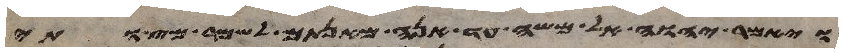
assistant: ויאמר יהוה אל משה עד הנה מאנתם לשמר מצותי